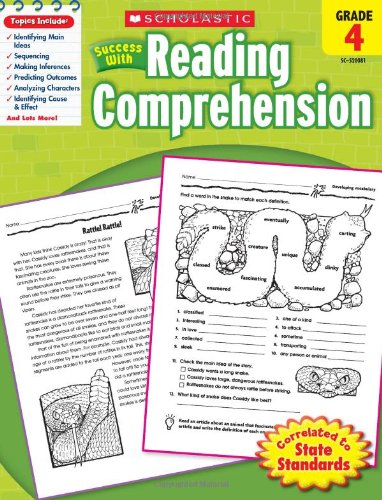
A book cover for Scholastic Success with Reading Comprehension, Grade 4; Scholastic; Education & Teaching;